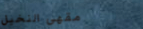
مقهى النخيل